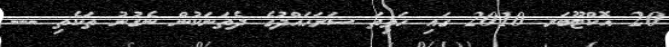
20 އޮކްޓޫބަރ 2010 ގައި ހަވިތަ ސަރަޙައްދުގެ ދެތަނަކުން ނެގުނު ތަކެތި ---